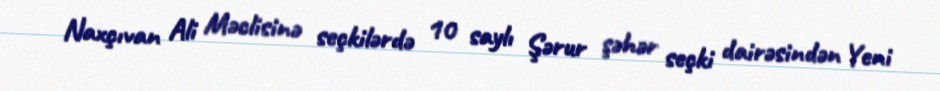
Naxçıvan Ali Məclisinə seçkilərdə 10 saylı Şərur şəhər seçki dairəsindən Yeni